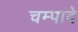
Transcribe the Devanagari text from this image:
चम्पादे